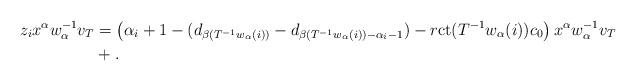
LaTeX: \begin{align*}z_i x^\alpha w_\alpha^{-1} v_T&=\left(\alpha_i+1-(d_{\beta(T^{-1} w_\alpha(i))}-d_{\beta(T^{-1} w_\alpha(i))-\alpha_i-1})-r \mathrm{ct}(T^{-1} w_\alpha(i))c_0 \right) x^\alpha w_\alpha^{-1} v_T \\ &+.\end{align*}